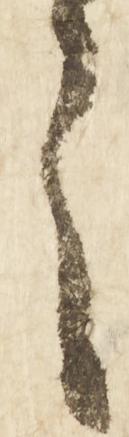
之